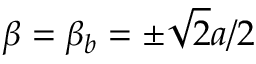
\beta = \beta _ { b } = \pm \sqrt { 2 } a / 2